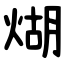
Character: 煳